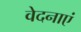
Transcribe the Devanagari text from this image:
वेदनाएं